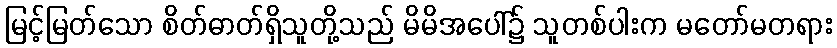
မြင့်မြတ်သော စိတ်ဓာတ်ရှိသူတို့သည် မိမိအပေါ်၌ သူတစ်ပါးက မတော်မတရား